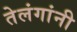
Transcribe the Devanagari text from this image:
तेलंगांनी